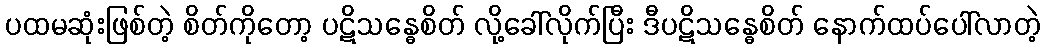
ပထမဆုံးဖြစ်တဲ့ စိတ်ကိုတော့ ပဋိသန္ဓေစိတ် လို့ခေါ်လိုက်ပြီး ဒီပဋိသန္ဓေစိတ် နောက်ထပ်ပေါ်လာတဲ့